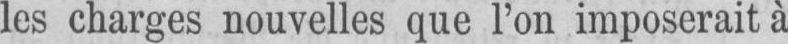
les charges nouvelles que l’on imposerait à